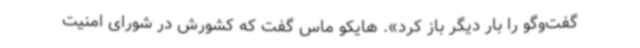
گفت‌وگو را بار دیگر باز کرد». هایکو ماس گفت که کشورش در شورای امنیت